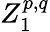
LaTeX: Z_{1}^{p,q}